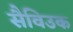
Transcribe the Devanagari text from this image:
सैविउक